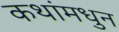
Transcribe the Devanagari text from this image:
कथांमधुन